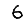
Digit: 6